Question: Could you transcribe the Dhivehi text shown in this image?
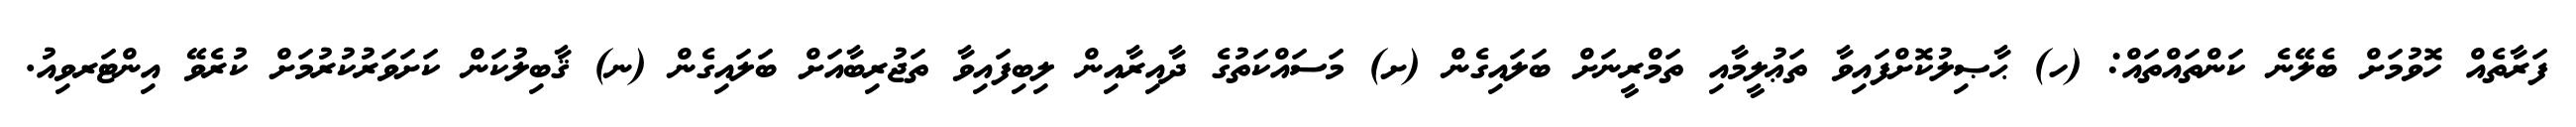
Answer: ފަރާތެއް ހޮވުމަށް ބެލޭނެ ކަންތައްތައް: (ހ) ޙާޞިލުކޮށްފައިވާ ތަޢުލީމާއި ތަމްރީނަށް ބަލައިގެން (ށ) މަސައްކަތުގެ ދާއިރާއިން ލިބިފައިވާ ތަޖުރިބާއަށް ބަލައިގެން (ނ) ޤާބިލުކަން ކަށަވަރުކުރުމަށް ކުރެވޭ އިންޓަރވިއު.